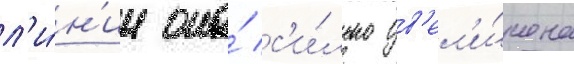
л'и́н'ии она́ с'и́льно ув'ел'и́чена